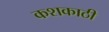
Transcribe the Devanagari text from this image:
कशकाठी